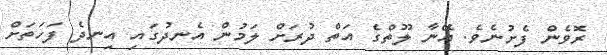
ރޮވެން ފެށުނެވެ. އޭނާ ލޫތްގެ އަތް ދުރަށް ލަމުން އެނދުގައި އިނދެ ފަހަތަށް